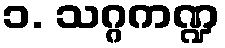
၁. သဂ္ဂကဏ္ဍ